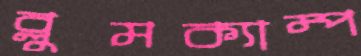
ব্লুমক্যাম্প